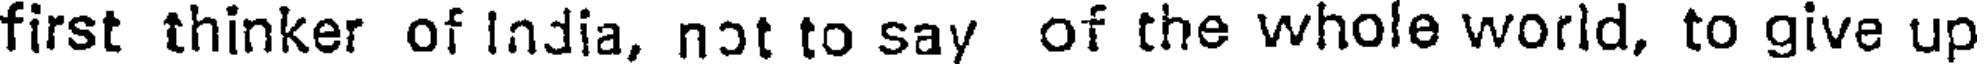
first thinker of India, not to say of the whole world, to give up